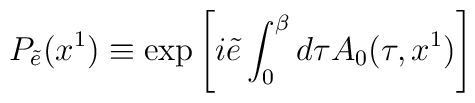
P_{\tilde e} (x^1)\equiv \exp\left[ i\tilde e\int_0^\beta  d\tau A_0(\tau,x^1)\right]